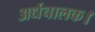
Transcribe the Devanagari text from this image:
अर्धचालक।